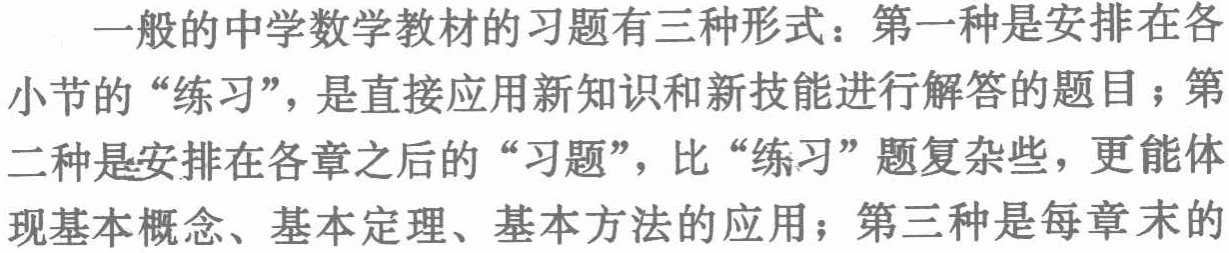
一般的中学数学教材的习题有三种形式：第一种是安排在各小节的“练习”，是直接应用新知识和新技能进行解答的题目；第二种是安排在各章之后的“习题”，比“练习”题复杂些，更能体现基本概念、基本定理、基本方法的应用；第三种是每章末的